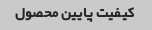
کیفیت پایین محصول